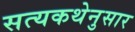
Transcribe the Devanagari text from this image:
सत्यकथेनुसार